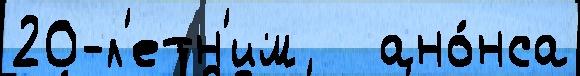
20-л'етн'им   ано́нса